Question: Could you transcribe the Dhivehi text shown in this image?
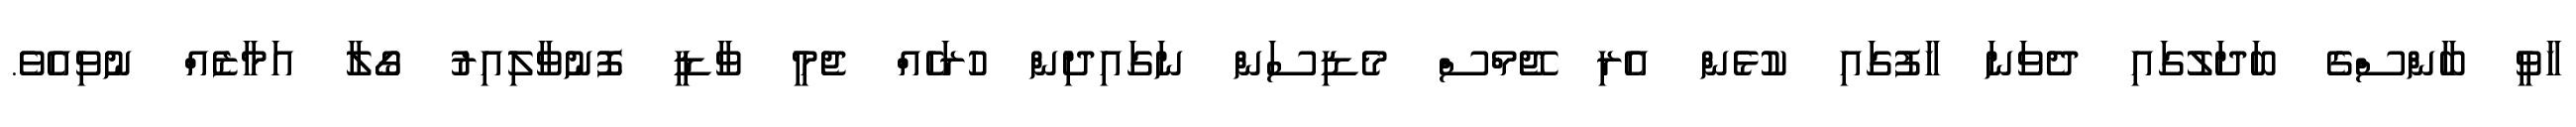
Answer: ހާވީ ބާންސްގެ ބަދަލުގައި ދެވަނަ ހާފުގައި ކުޅެން އެރި ޖޭމްސް މެޑިސަން ނަގައިދިން ހުރަހެއް ޖެމީ ވާޑީ ފޮނުވާލިއިރު ގޯލާ އަމާޒެއް ނުވިއެވެ.